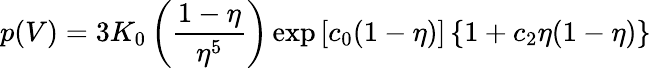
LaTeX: p(V)=3K_{0}\left({\frac{1-\eta}{\eta^{5}}}\right)\exp\left[c_{0}(1-\eta)\right]\left\{ 1+c_{2}\eta(1-\eta)\right\}